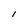
Character: I